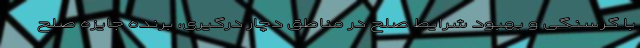
با گرسنگی و بهبود شرایط صلح در مناطق دچار درگیری، برنده جایزه صلح